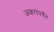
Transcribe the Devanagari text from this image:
अक्षरांपर्यंत